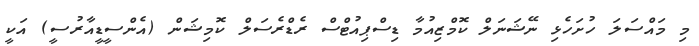
މި މައްސަލަ ހުށަހެޅި ނޭޝަނަލް ކޮމްޒިއުމާ ޑިސްޕިއުޓްސް ރެޑްރެސަލް ކޮމިޝަން (އެންސީޑީއާރުސީ) އަކީ